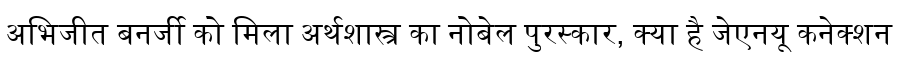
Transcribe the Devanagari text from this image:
अभिजीत बनर्जी को मिला अर्थशास्त्र का नोबेल पुरस्कार, क्या है जेएनयू कनेक्शन